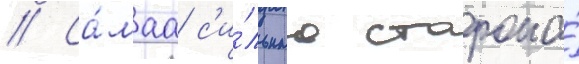
// Са́маа с'и́льнаа сторона́